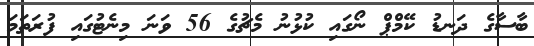
ބާސާގެ ދަނޑު ކޭމްޕް ނޯގައި ކުޅުނު މެޗުގެ 56 ވަނަ މިނެޓުގައި ފުރަތަމަ